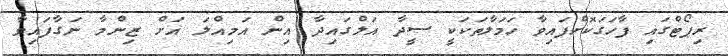
ރިޕޯޓްގައި ފާހަގަކޮށްފައިވާ ހަމަލާތަކަކީ ސީދާ އަލްގައިދާ އިން އަމިއްލަ އަށް ޒިންމާ ނަގާފައިވާ